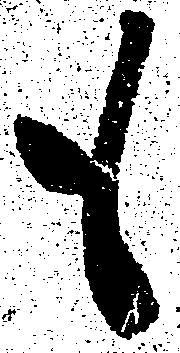
も